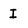
Character: I